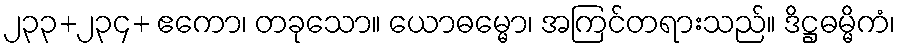
၂၃၃+၂၃၄+ ဧကော၊ တခုသော။ ယောဓမ္မော၊ အကြင်တရားသည်။ ဒိဋ္ဌဓမ္မိကံ၊